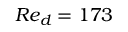
R e _ { d } = 1 7 3